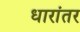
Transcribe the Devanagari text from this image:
धारांतर